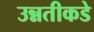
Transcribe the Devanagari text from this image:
उन्नतीकडे